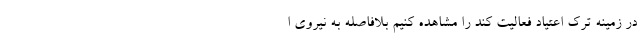
در زمینه ترک اعتیاد فعالیت کند را مشاهده کنیم بلافاصله به نیروی ا